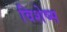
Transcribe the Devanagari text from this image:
विशेष्स